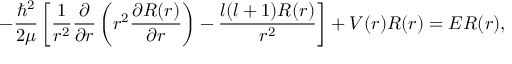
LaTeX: - { \frac { \hbar ^ { 2 } } { 2 \mu } } \left[ { \frac { 1 } { r ^ { 2 } } } { \frac { \partial } { \partial r } } \left( r ^ { 2 } { \frac { \partial R ( r ) } { \partial r } } \right) - { \frac { l ( l + 1 ) R ( r ) } { r ^ { 2 } } } \right] + V ( r ) R ( r ) = E R ( r ) ,